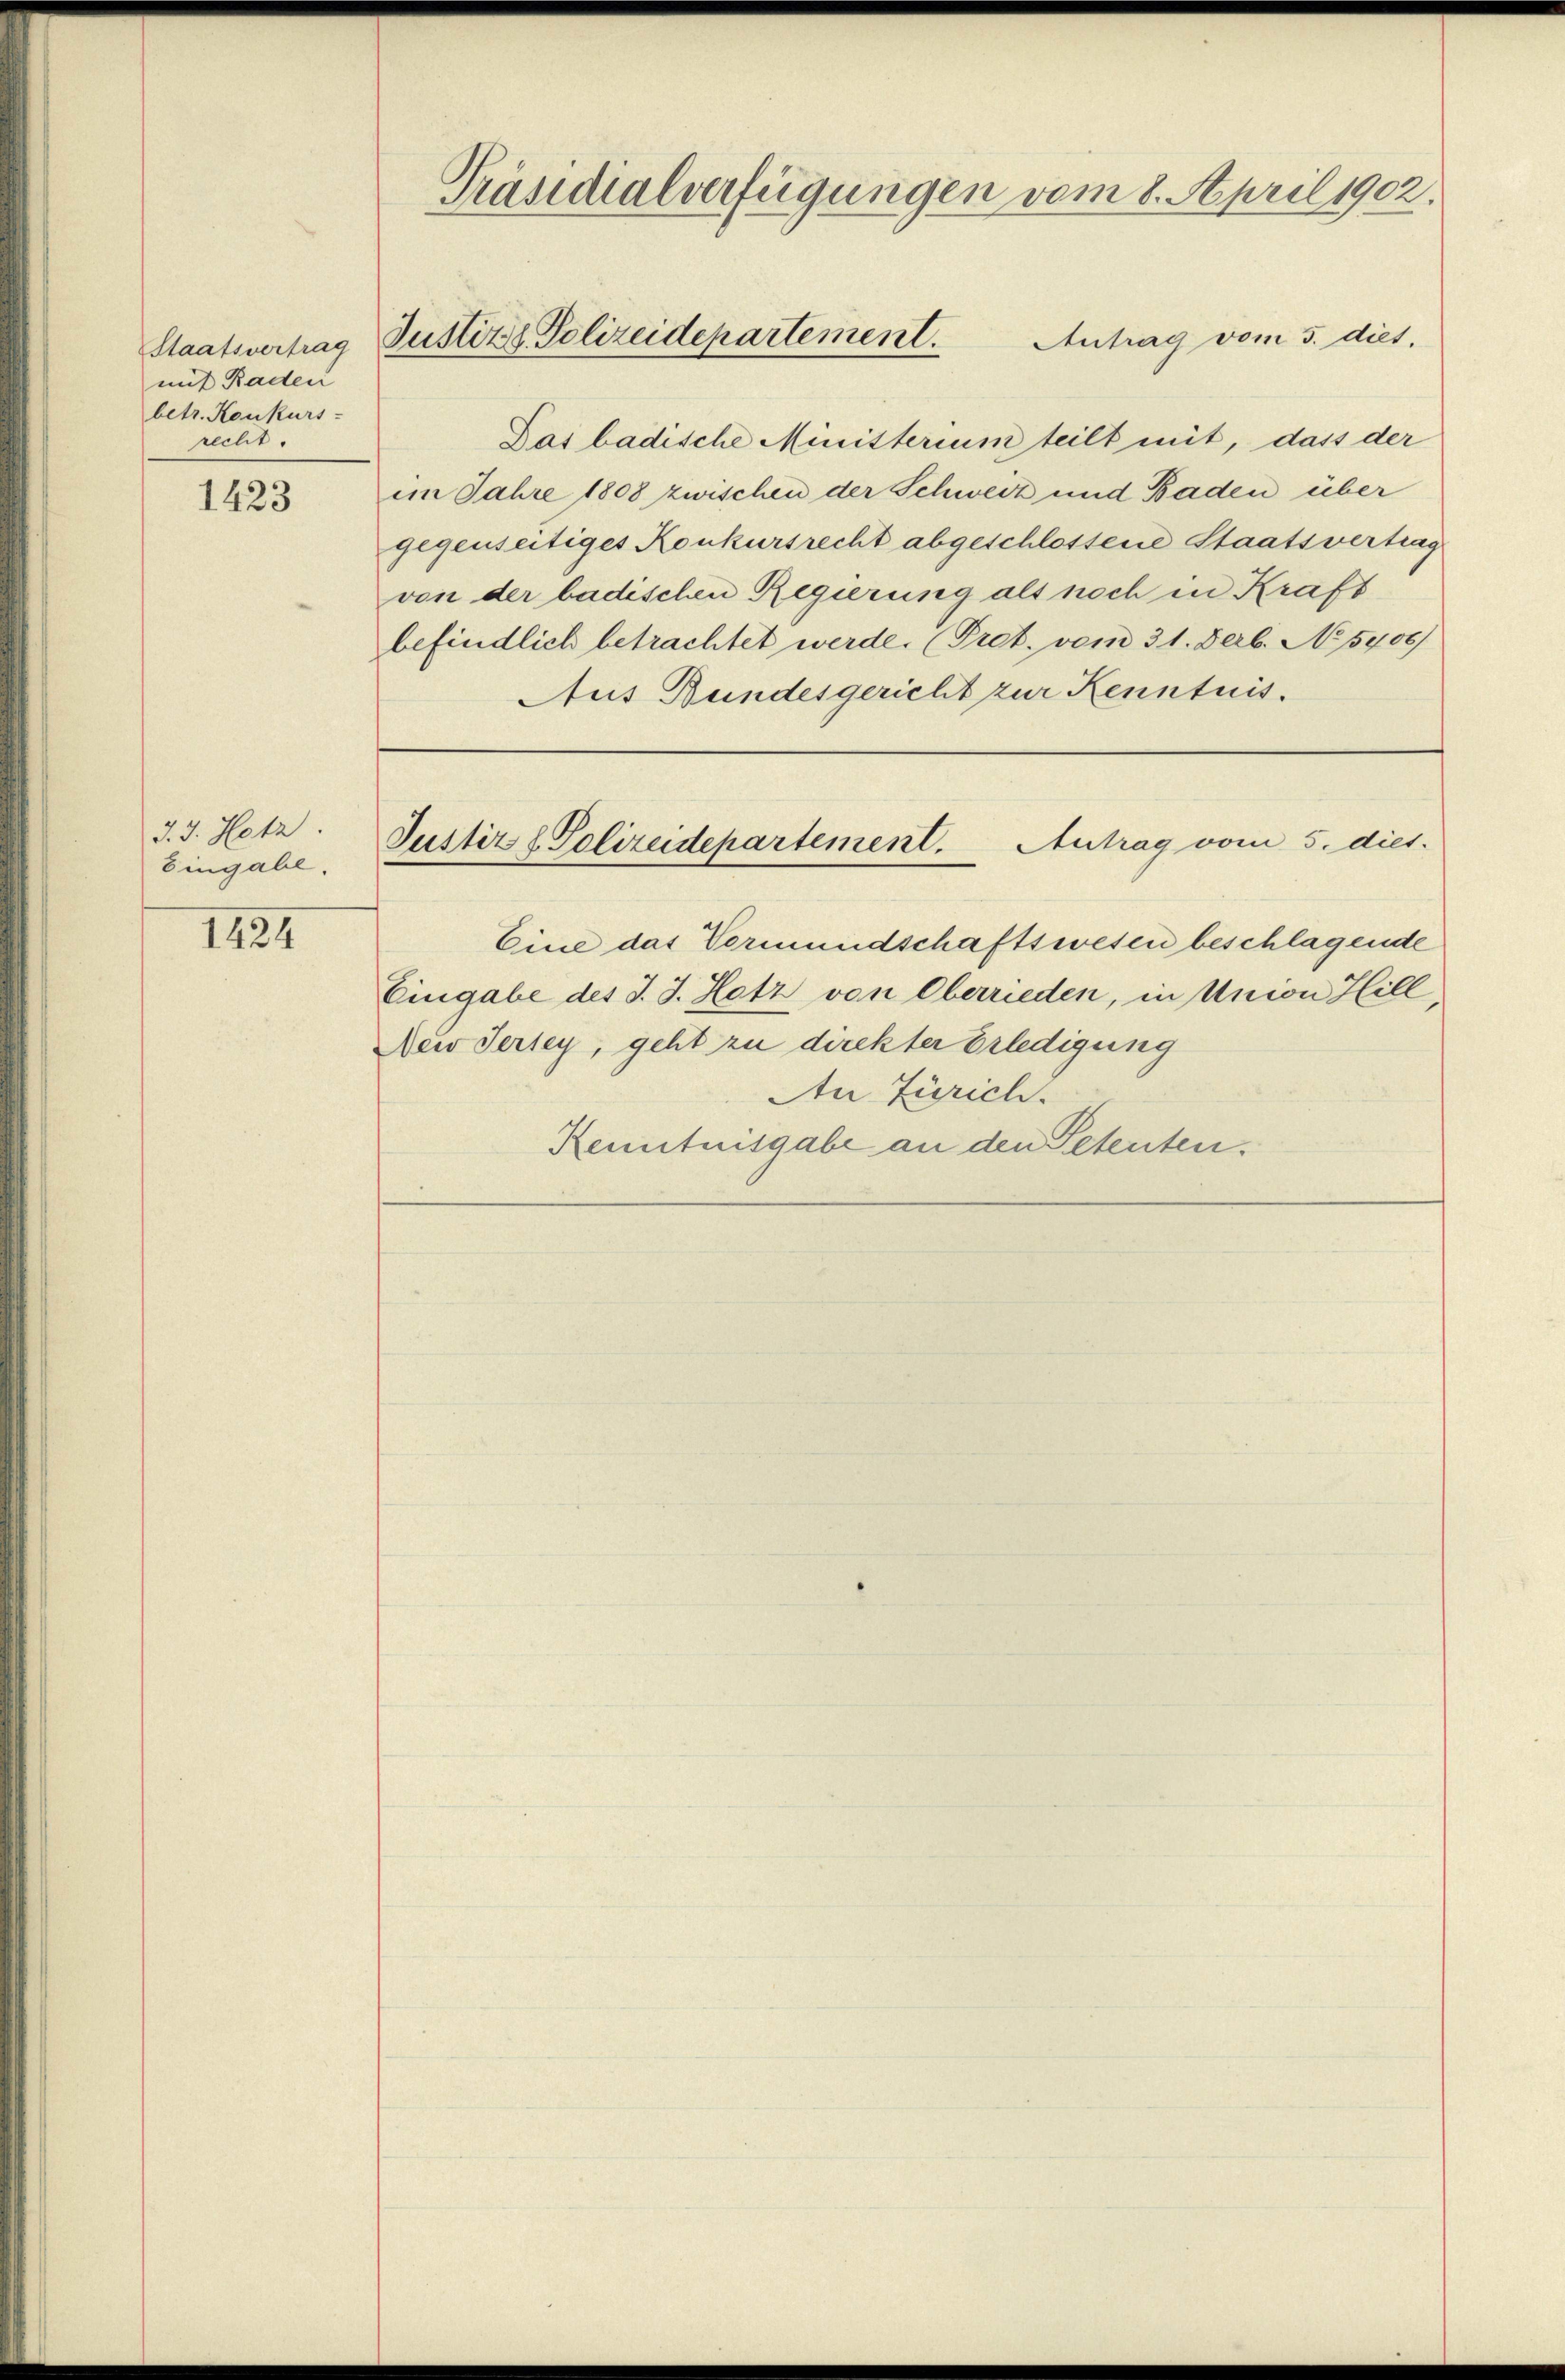
Staatsvertrag
mit Raden
betr. Konkurs-
recht

1423

J. J. Hetz.
Eingabe.

1424

Präsidialverfügungen vom 8. April 1902.
Justiz & Polizeidepartement.
Antrag vom 5. dies.

Das badische Ministerium teilt mit, dass der
im Jahre 1808 zwischen der Schweiz und Baden über
gegenseitiges Konkursrecht abgeschlossene Staatsvertrag
von der badischen Regierung als noch in Kraft
befindlich betrachtet werde. (Pret. vom 31. Derb. No 15406)
Aus Bundesgericht zur Kenntnis.

Eine das Vormundschaftswesen beschlagende
Eingabe des J. J. Hotz von Oberrieden, in Union Hill,
Nei Jersey, geht zu direkter Erledigung
An Zürich.
Kenntnisgabe an den Petenten.

Justiz & Polizeidepartement. Antrag vom 5. dies.